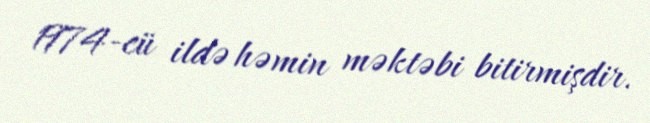
1974-cü ildə həmin məktəbi bitirmişdir.